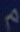
m